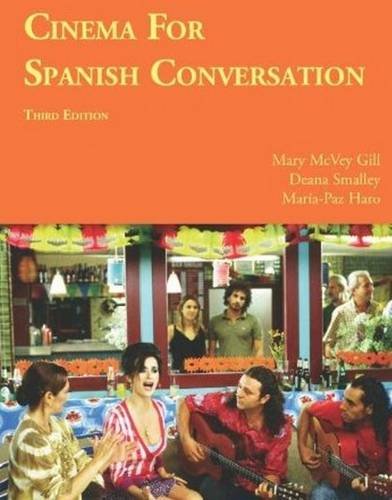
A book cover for Cinema for Spanish Conversation, Third Edition (Foreign Language Cinema) (Spanish Edition); Mary McVey Gill; Reference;